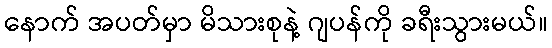
နောက် အပတ်မှာ မိသားစုနဲ့ ဂျပန်ကို ခရီးသွားမယ်။